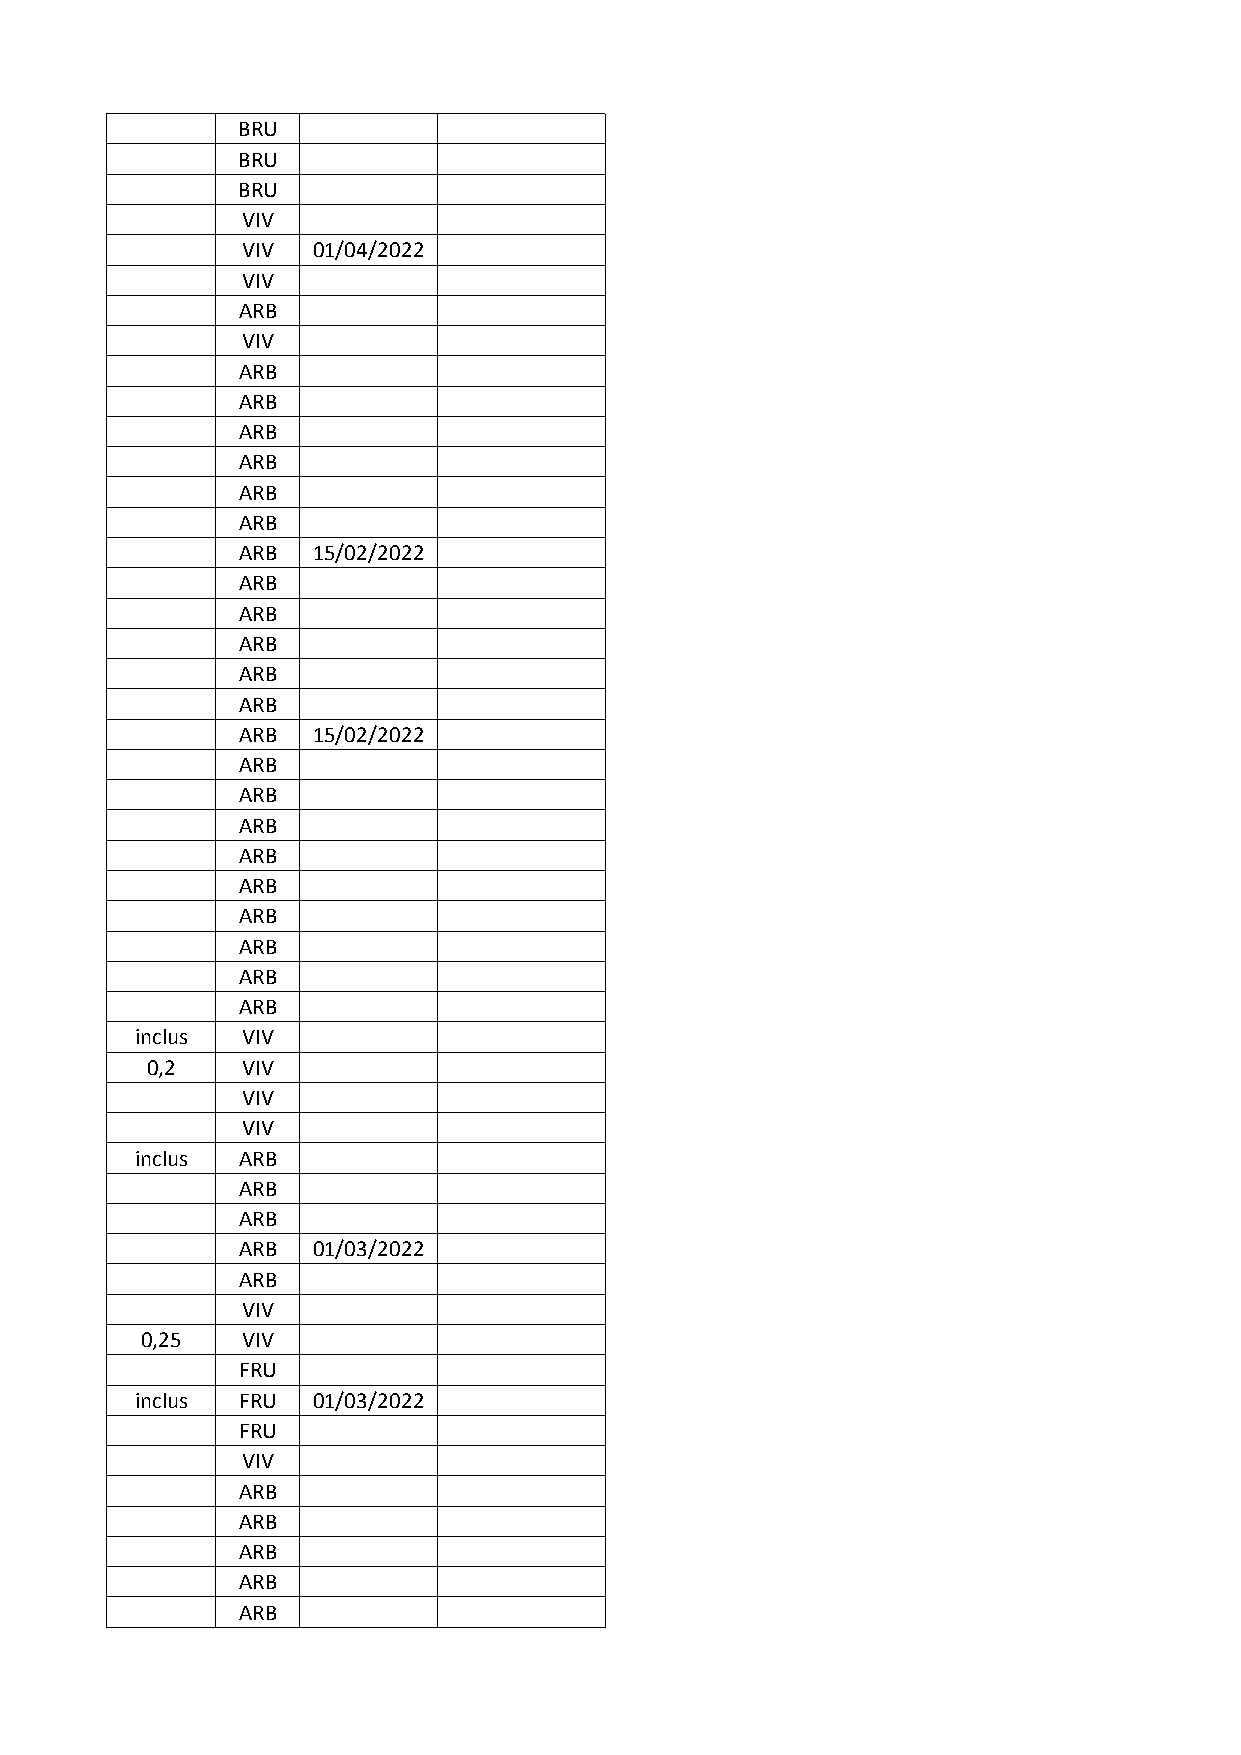
BRU
 BRU
 BRU
 VIV
 VIV  01/04/2022
 VIV
 ARB
 VIV
 ARB
 ARB
 ARB
 ARB
 ARB
 ARB
 ARB  15/02/2022
 ARB
 ARB
 ARB
 ARB
 ARB
 ARB  15/02/2022
 ARB
 ARB
 ARB
 ARB
 ARB
 ARB
 ARB
 ARB
 ARB
 inclus VIV
 0,2   VIV
 VIV
 VIV
 inclus ARB
 ARB
 ARB
 ARB  01/03/2022
 ARB
 VIV
 0,25   VIV
 FRU
 inclus FRU  01/03/2022
 FRU
 VIV
 ARB
 ARB
 ARB
 ARB
 ARB